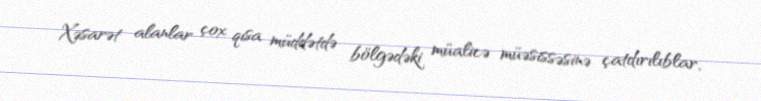
Xəsarət alanlar çox qısa müddətdə bölgədəki müalicə müəsissəsinə çatdırılıblar,